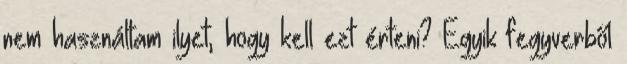
nem használtam ilyet, hogy kell ezt érteni? Egyik fegyverből